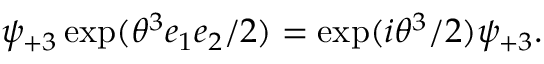
\psi _ { + 3 } \exp ( \theta ^ { 3 } e _ { 1 } e _ { 2 } / 2 ) = \exp ( i \theta ^ { 3 } / 2 ) \psi _ { + 3 } .